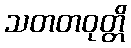
သတတဝုတ္တိ